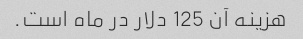
هزینه آن 125 دلار در ماه است.